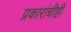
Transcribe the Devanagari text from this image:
प्रकारांचीही